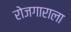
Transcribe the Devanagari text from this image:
रोजगाराला